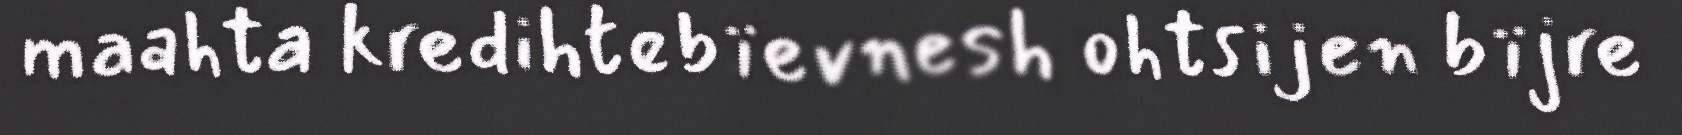
maahta kredihtebïevnesh ohtsijen bïjre